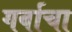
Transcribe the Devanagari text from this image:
गर्वाचा